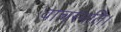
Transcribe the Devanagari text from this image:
वाचस्‍पति।